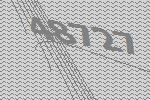
48727